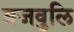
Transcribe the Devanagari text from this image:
ब्रजवुलि